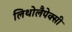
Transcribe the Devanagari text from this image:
लिथोलैपेक्सी